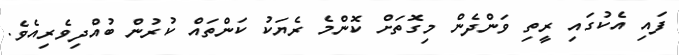
ފައި އެކުގައި ރީތި ވަންދެން މިގޮތަށް ކޮންމެ ރެޔަކު ކަންތައް ކުރުން ބުއްދިވެރިއެވެ.